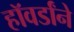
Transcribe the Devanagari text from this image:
हॉवर्डांने